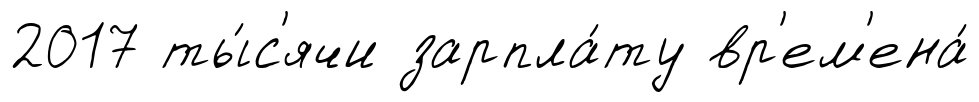
2017 ты́с'ячи зарпла́ту вр'ем'ена́